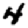
Digit: 4